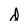
Character: d